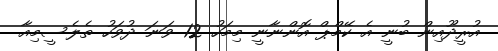
އުރީދޫއިން ބުނީ އެ ކޭމްޕް އޮންނާނީ މިމަހު 12 ވަނަ ދުވަހު ތެލެސީމިއާ